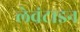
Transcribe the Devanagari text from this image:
लेवंटाइन